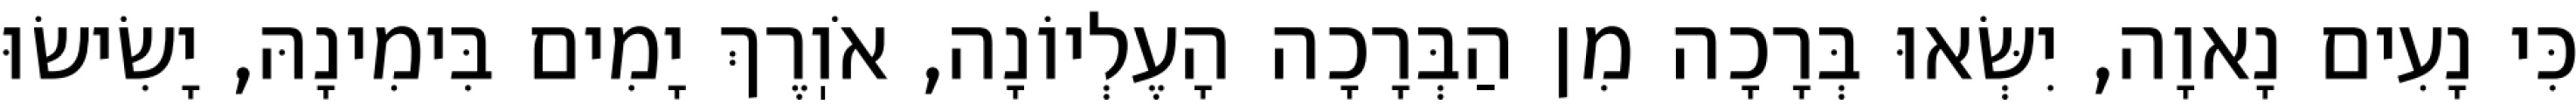
כִּי נָעִים נָאוָה, יִשְּׂאוּ בְּרָכָה מִן הַבְּרָכָה הָעֶלְיוֹנָה, אֹוֽרֶךְ יָמִים בִּימִינָהּ, יָשִׂישׂוּ